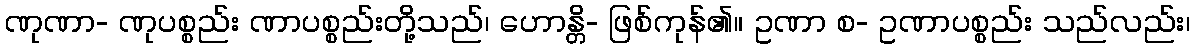
ဏုဏာ- ဏုပစ္စည်း ဏာပစ္စည်းတို့သည်၊ ဟောန္တိ- ဖြစ်ကုန်၏။ ဥဏာ စ- ဥဏာပစ္စည်း သည်လည်း၊